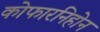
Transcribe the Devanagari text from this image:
कोफारनिहोन